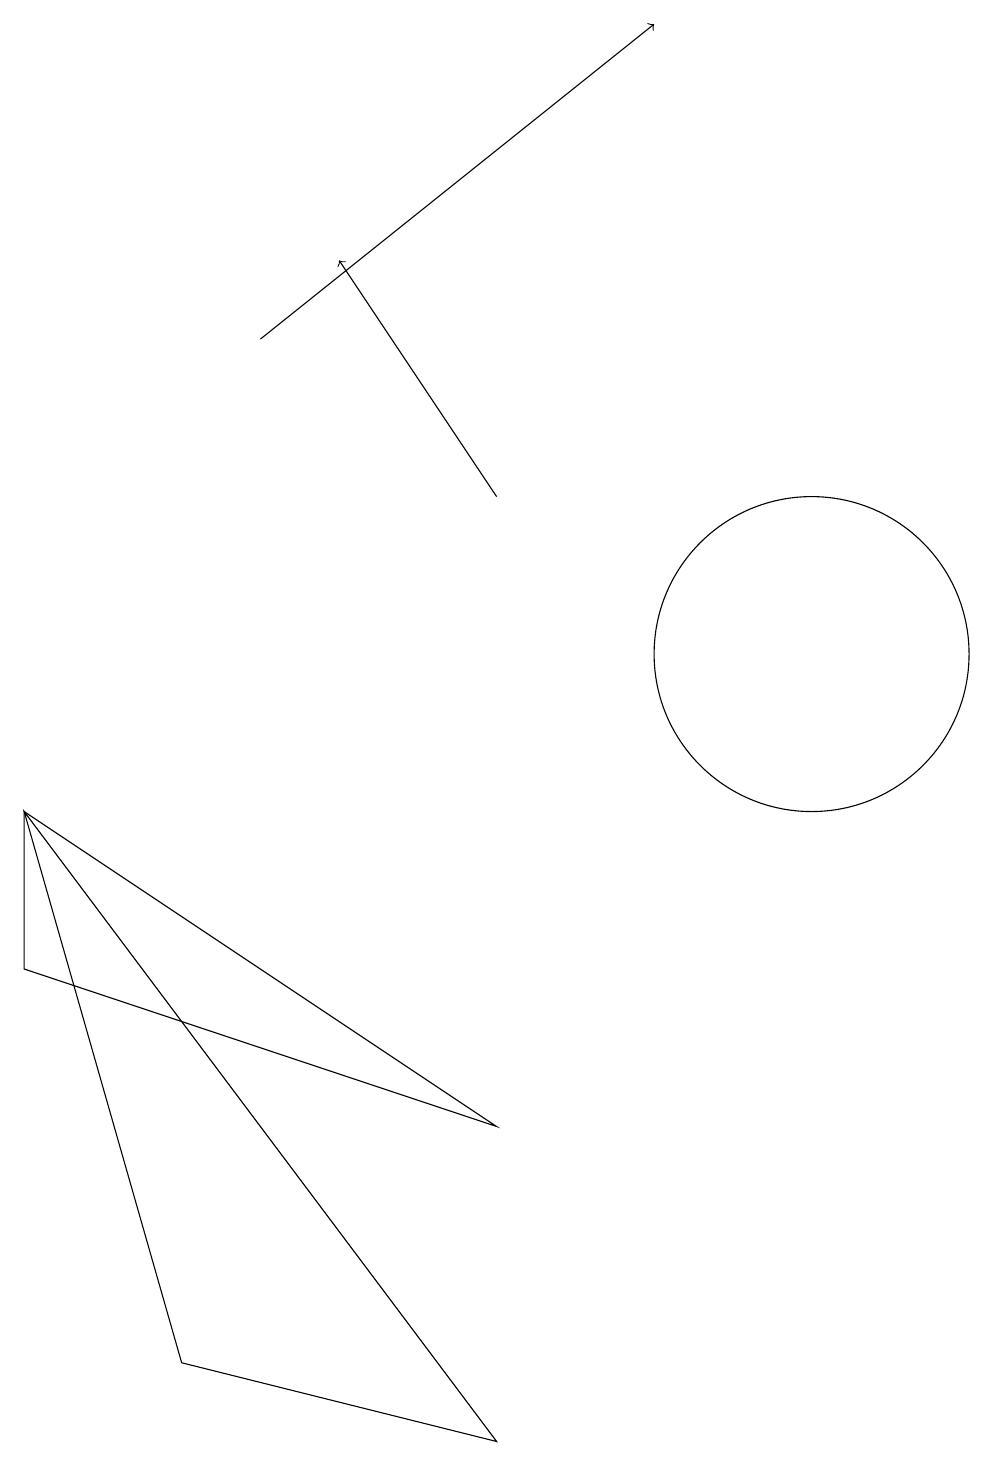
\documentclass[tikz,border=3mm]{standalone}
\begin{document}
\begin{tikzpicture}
\draw[->] (7,13) -- (5,16);
\draw (1,9) -- (1,7) -- (7,5) -- cycle;
\draw (7,1) -- (1,9) -- (3,2) -- cycle;
\draw[->] (4,15) -- (9,19);
\draw (11,11) circle (2);
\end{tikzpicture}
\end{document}